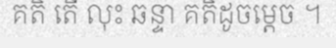
គតិ តើ លុះ ឆន្ទា គតិដូចម្តេច ។